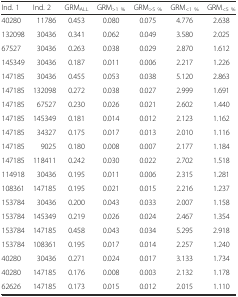
<table><thead><tr><td><b>Ind. 1</b></td><td><b>Ind. 2</b></td><td><b>GRM<sub>ALL</sub></b></td><td><b>GRM<sub>&gt;1 %</sub></b></td><td><b>GRM<sub>&gt;5 %</sub></b></td><td><b>GRM<sub>&lt;1 %</sub></b></td><td><b>GRM<sub>&lt;5 %</sub></b></td></tr></thead><tbody><tr><td>40280</td><td>11786</td><td>0.453</td><td>0.080</td><td>0.075</td><td>4.776</td><td>2.638</td></tr><tr><td>132098</td><td>30436</td><td>0.341</td><td>0.062</td><td>0.049</td><td>3.580</td><td>2.025</td></tr><tr><td>67527</td><td>30436</td><td>0.263</td><td>0.038</td><td>0.029</td><td>2.870</td><td>1.612</td></tr><tr><td>145349</td><td>30436</td><td>0.187</td><td>0.011</td><td>0.006</td><td>2.217</td><td>1.226</td></tr><tr><td>147185</td><td>30436</td><td>0.455</td><td>0.053</td><td>0.038</td><td>5.120</td><td>2.863</td></tr><tr><td>147185</td><td>132098</td><td>0.272</td><td>0.038</td><td>0.027</td><td>2.999</td><td>1.691</td></tr><tr><td>147185</td><td>67527</td><td>0.230</td><td>0.026</td><td>0.021</td><td>2.602</td><td>1.440</td></tr><tr><td>147185</td><td>145349</td><td>0.181</td><td>0.014</td><td>0.012</td><td>2.123</td><td>1.162</td></tr><tr><td>147185</td><td>34327</td><td>0.175</td><td>0.017</td><td>0.013</td><td>2.010</td><td>1.116</td></tr><tr><td>147185</td><td>9025</td><td>0.180</td><td>0.008</td><td>0.007</td><td>2.177</td><td>1.184</td></tr><tr><td>147185</td><td>118411</td><td>0.242</td><td>0.030</td><td>0.022</td><td>2.702</td><td>1.518</td></tr><tr><td>114918</td><td>30436</td><td>0.195</td><td>0.011</td><td>0.006</td><td>2.315</td><td>1.281</td></tr><tr><td>108361</td><td>147185</td><td>0.195</td><td>0.021</td><td>0.015</td><td>2.216</td><td>1.237</td></tr><tr><td>153784</td><td>30436</td><td>0.200</td><td>0.043</td><td>0.033</td><td>2.007</td><td>1.158</td></tr><tr><td>153784</td><td>145349</td><td>0.219</td><td>0.026</td><td>0.024</td><td>2.467</td><td>1.354</td></tr><tr><td>153784</td><td>147185</td><td>0.458</td><td>0.043</td><td>0.034</td><td>5.295</td><td>2.918</td></tr><tr><td>153784</td><td>108361</td><td>0.195</td><td>0.017</td><td>0.014</td><td>2.257</td><td>1.240</td></tr><tr><td>40280</td><td>30436</td><td>0.271</td><td>0.024</td><td>0.017</td><td>3.133</td><td>1.734</td></tr><tr><td>40280</td><td>147185</td><td>0.176</td><td>0.008</td><td>0.003</td><td>2.132</td><td>1.178</td></tr><tr><td>62626</td><td>147185</td><td>0.173</td><td>0.015</td><td>0.012</td><td>2.015</td><td>1.110</td></tr></tbody></table>